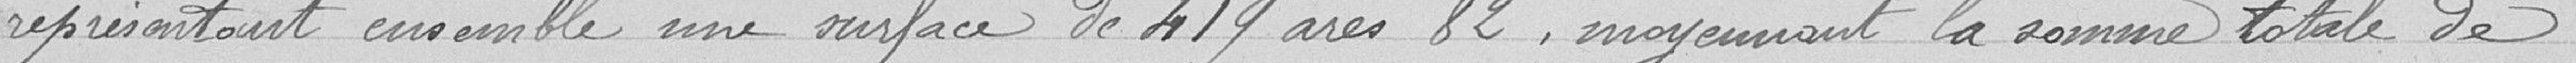
représentant ensemble une surface de 419 ares 82 moyennant la somme totale de